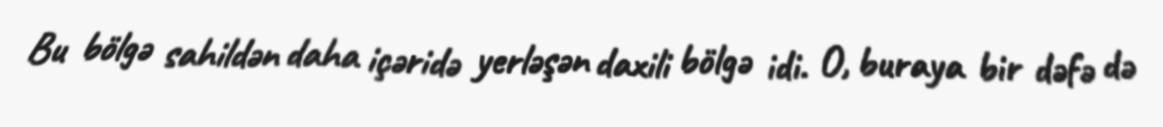
Bu bölgə sahildən daha içəridə yerləşən daxili bölgə idi. O, buraya bir dəfə də